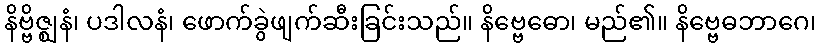
နိဗ္ဗိဇ္ဈနံ၊ ပဒါလနံ၊ ဖောက်ခွဲဖျက်ဆီးခြင်းသည်။ နိဗ္ဗေဓော၊ မည်၏။ နိဗ္ဗေဓဘာဂေ၊